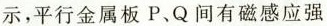
示，平行金属板P、Q间有磁感应强